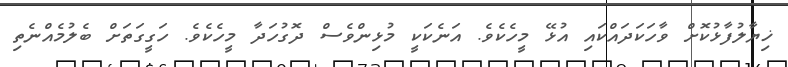
ޚިޔާލުފާޅުކޮށް ވާހަކަދައްކައި އުޅޭ މީހެކެވެ. އަނެކަކީ މުޅިންވެސް ދޮގުހަދާ މީހެކެވެ. ހަގީގަތަށް ބެލުމެއްނެތި